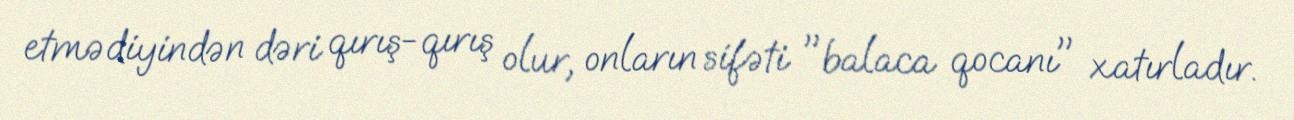
etmədiyindən dəri qırış-qırış olur, onların sifəti "balaca qocanı" xatırladır.